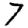
Digit: 7